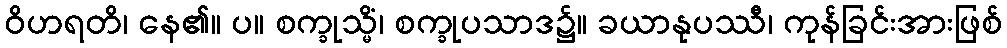
ဝိဟရတိ၊ နေ၏။ ပ။ စက္ခုသ္မိံ၊ စက္ခုပသာဒ၌။ ခယာနုပဿီ၊ ကုန်ခြင်းအားဖြစ်